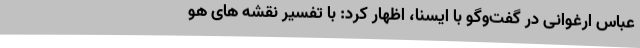
عباس ارغوانی در گفت‌وگو با ایسنا، اظهار کرد: با تفسیر نقشه های هو